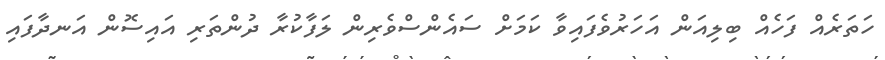
ހަތަރެއް ފަހެއް ބިލިއަން އަހަރުވެފައިވާ ކަމަށް ސައެންސްވެރިން ލަފާކުރާ ދުންތަރި އައިސޮން އަނދާފައި